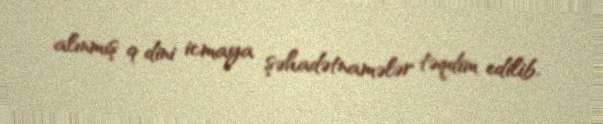
alınmış 9 dini icmaya şəhadətnamələr təqdim edilib.